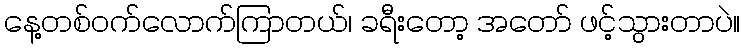
နေ့တစ်ဝက်လောက်ကြာတယ်၊ ခရီးတော့ အတော် ဖင့်သွားတာပဲ။